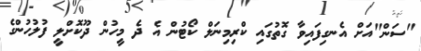
"ސަން"އަށް އެނގިފައިވާ ގޮތުގައި ކްރިމިނަލް ކޯޓުން އެ ދެ މީހުން ދޫކޮށްލީ ފުލުހުންގެ